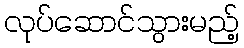
လုပ်ဆောင်သွားမည့်